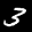
Label: 3